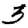
Digit: 3